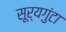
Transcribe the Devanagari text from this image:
सूर्यगुंटा